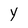
Character: Y